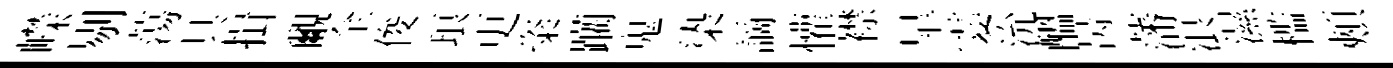
嶸剔蕩具揖覼全俊琅更粢躪鬼𣑱謫懽襟臯霎沇醖昺藩浪濕槛頰